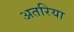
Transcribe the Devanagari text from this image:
अतरिया